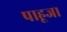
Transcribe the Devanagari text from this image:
पाहूजा